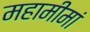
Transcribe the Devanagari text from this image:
महामीमां